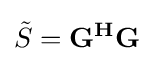
{\tilde {S}}=\mathbf {G^{H}} \mathbf {G}